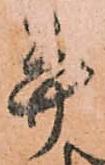
幷